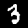
Digit: 3